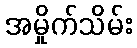
အမှိုက်သိမ်း